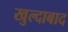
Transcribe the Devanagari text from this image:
खुल्‍दाबाद